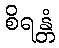
စိရန္တံ